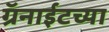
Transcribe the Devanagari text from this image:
ग्रॅनाईटच्या